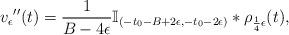
LaTeX: \begin{align*}v_\epsilon{''}(t)=\frac{1}{B-4\epsilon}\mathbb{I}_{(-t_0-B+2\epsilon,-t_0-2\epsilon)}*\rho_{\frac{1}{4}\epsilon}(t),\end{align*}